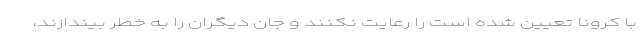
با کرونا تعیین شده است را رعایت نکنند و جان دیگران را به خطر بیندازند،